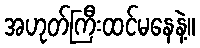
အဟုတ်ကြီးထင်မနေနဲ့။